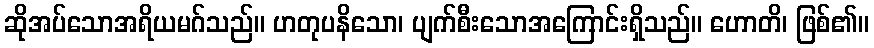
ဆိုအပ်သောအရိယမဂ်သည်။ ဟတုပနိသော၊ ပျက်စီးသောအကြောင်းရှိသည်။ ဟောတိ၊ ဖြစ်၏။